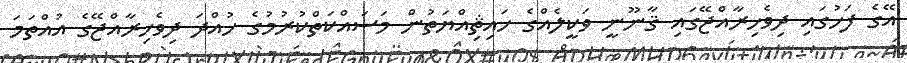
އޭގެ ފަހުގައި ދިވެހިރާއްޖޭގައި ޤާނޫނީ ވަކީލެއްގެ ހައިޘިއްޔަތުން މަސައްކަތްކުރުމުގެ ހުއްދަ ދިވެހިރާއްޖޭގެ އުއްތަމަ